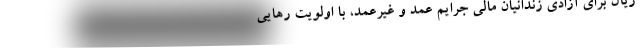
ریال برای آزادی زندانیان مالی جرایم عمد و غیرعمد، با اولویت رهایی